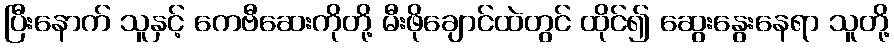
ပြီးနောက် သူနှင့် ကေဗီဆေးကိုတို့ မီးဖိုချောင်ထဲတွင် ထိုင်၍ ဆွေးနွေးနေရာ သူတို့